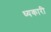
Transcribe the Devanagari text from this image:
ध्यकारी